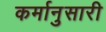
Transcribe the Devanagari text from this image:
कर्मानुसारी